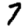
Digit: 7